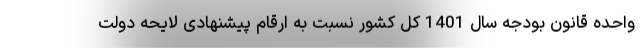
واحده قانون بودجه سال 1401 کل کشور نسبت به ارقام پیشنهادی لایحه دولت